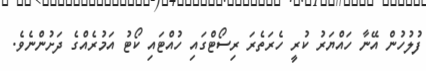
ފުލުހުން އޭނާ ހައްޔަރު ކުރީ ހެރަތެރަ ރިސޯޓްގައި ހުއްޓައި ކޯޓު އަމުރެއްގެ ދަށުންނެވެ.